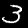
Digit: 3